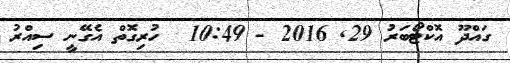
ގައްދޫ އޮކްޓޯބަރު 29